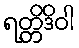
ရတ္တိဒိဝါ